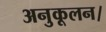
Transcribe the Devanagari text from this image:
अनुकूलन।